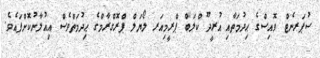
ސުޕަރނެޓް ވޮއިސްގެ ޙިދުމަތާއި އުރީދޫ ކްލަބް ޕްރީމިއަރ ލޯޔަލް ޕްރޮގްރާމްގެ ޙިދުމަތްވެސް އިއުލާނުކޮށްފައެވެ.